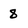
Character: 8